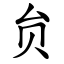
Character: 贠